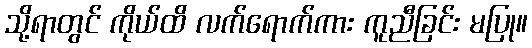
သို့ရာတွင် ကိုယ်ထိ လက်ရောက်ကား ကူညီခြင်း မပြု။